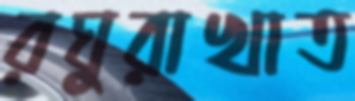
রঘুরাখাত